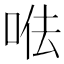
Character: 𠳷